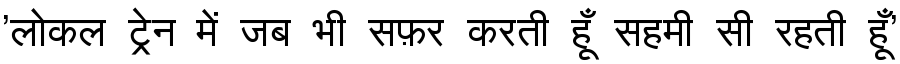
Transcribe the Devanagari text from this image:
'लोकल ट्रेन में जब भी सफ़र करती हूँ सहमी सी रहती हूँ'